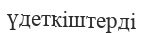
үдеткіштерді